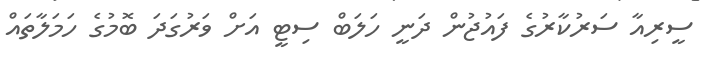
ސީރިއާ ސަރުކާރުގެ ފައުޖުން ދަނީ ހަލަބް ސިޓީ އަށް ވަރުގަދަ ބޮމުގެ ހަމަލާތައް